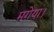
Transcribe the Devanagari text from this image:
मगेया।